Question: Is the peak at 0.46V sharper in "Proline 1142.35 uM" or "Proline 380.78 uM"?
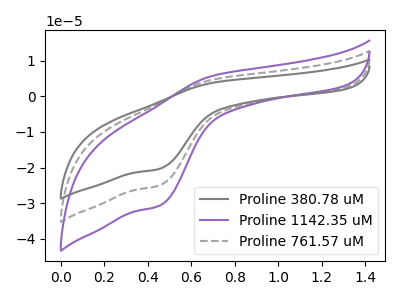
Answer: <think>The gray curve "Proline 380.78 uM" has an anodic peak at (0.70V, 3.80uA) and a cathodic peak at (0.45V, -20.30uA). The purple curve "Proline 1142.35 uM" has an anodic peak at (0.70V, 9.35uA) and a cathodic peak at (0.45V, -49.90uA). The gray dashed curve "Proline 761.57 uM" has an anodic peak at (0.70V, 4.70uA) and a cathodic peak at (0.45V, -24.95uA).</think>
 <answer>The peak at 0.46V is higher in "Proline 1142.35 uM" than in "Proline 380.78 uM".</answer>
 <eval>higher</eval>